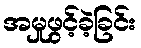
အမှုဖွင့်ခဲ့ခြင်း